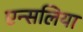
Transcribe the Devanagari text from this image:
एन्सलिया